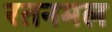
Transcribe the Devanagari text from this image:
रतनमल